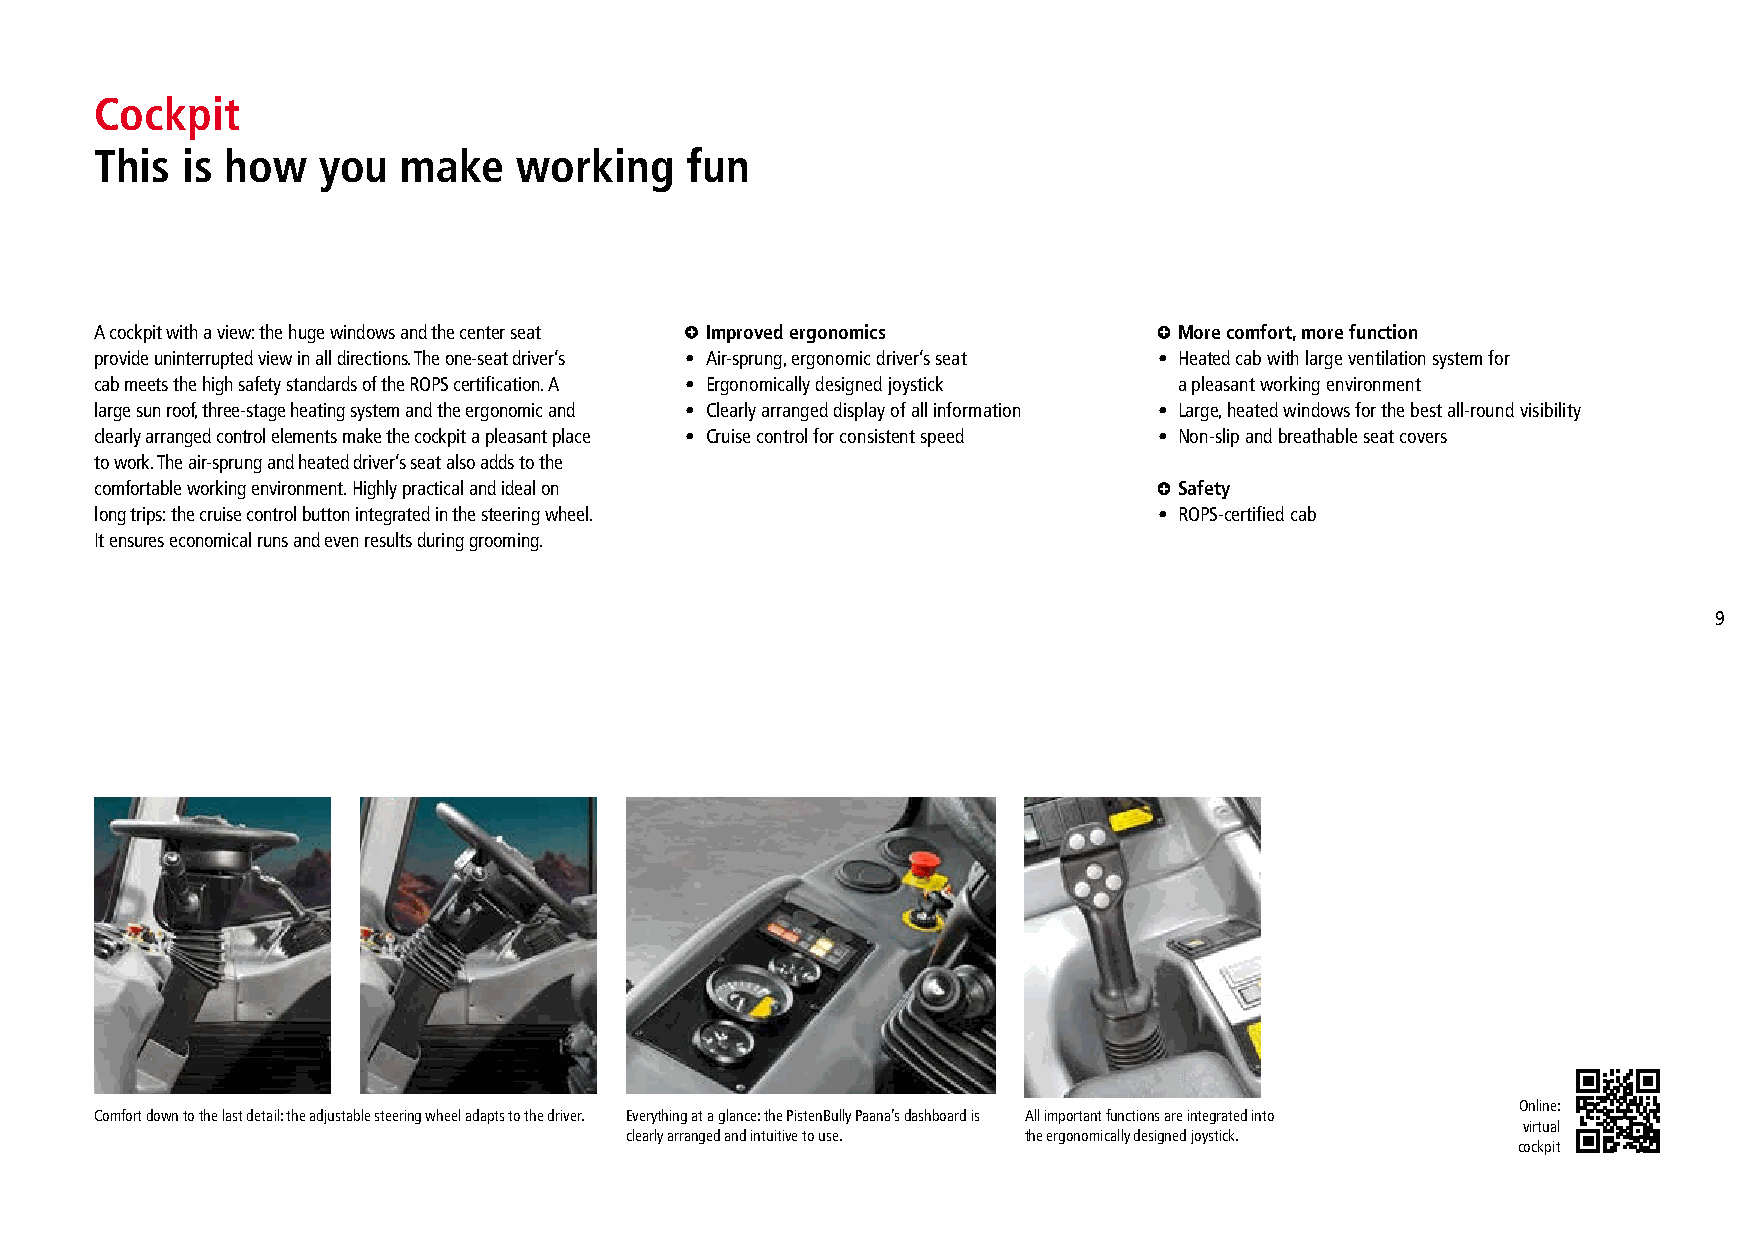
Cockpit
 This  is how   you   make   working    fun
 A cockpit with a view: the huge windows and the center seat Improved ergonomics More comfort, more function
 provide uninterrupted view in all directions. The one-seat driver’s • Air-sprung, ergonomic driver’s seat • H eated cab with large ventilation system for
 cab meets the high safety standards of the ROPS certification. A • Ergonomically designed joystick a pleasant working environment
 large sun roof, three-stage heating system and the ergonomic and • Clearly arranged display of all information • Large, heated windows for the best all-round visibility
 clearly arranged control elements make the cockpit a pleasant place • Cruise control for consistent speed • Non-slip and breathable seat covers
 to work. The air-sprung and heated driver’s seat also adds to the
 comfortable working environment. Highly practical and ideal on          Safety
 long trips: the cruise control button integrated in the steering wheel. • ROPS-certified cab
 It ensures economical runs and even results during grooming.
 9
 Online:
 Comfort down to the last detail: the adjustable steering wheel adapts to the driver. Everything at a glance: the PistenBully Paana’s dashboard is All important functions are integrated into
 virtual
 clearly arranged and intuitive to use. the ergonomically designed joystick.
 cockpit